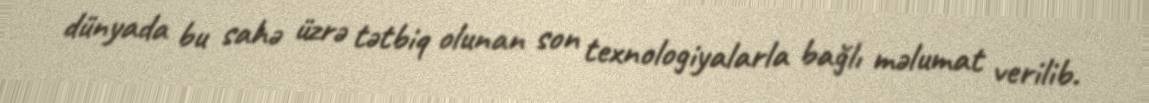
dünyada bu sahə üzrə tətbiq olunan son texnologiyalarla bağlı məlumat verilib.